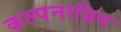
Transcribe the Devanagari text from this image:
कल्पनाप्रिय